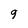
Character: 9